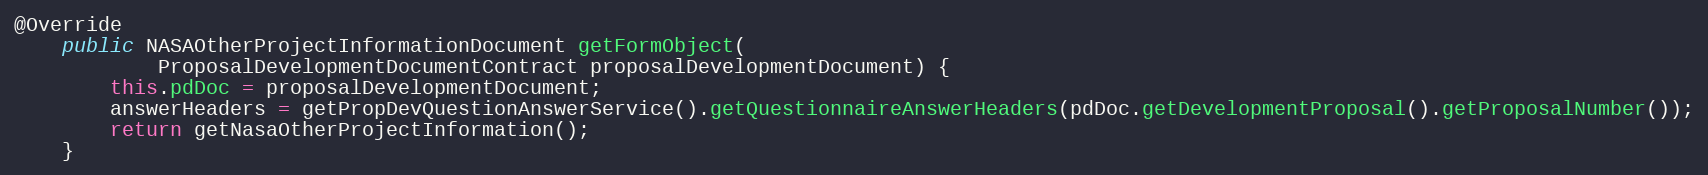
Language: Java
@Override
    public NASAOtherProjectInformationDocument getFormObject(
            ProposalDevelopmentDocumentContract proposalDevelopmentDocument) {
        this.pdDoc = proposalDevelopmentDocument;
        answerHeaders = getPropDevQuestionAnswerService().getQuestionnaireAnswerHeaders(pdDoc.getDevelopmentProposal().getProposalNumber());
        return getNasaOtherProjectInformation();
    }